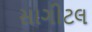
સાગીટલ